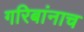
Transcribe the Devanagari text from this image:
गरिबांनाच